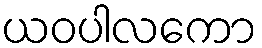
ယဝပါလကော